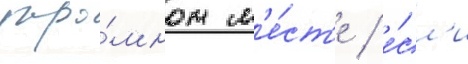
укро́мном м'е́ст'е / е́сл'и